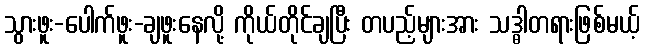
သွားဖူး-ပေါက်ဖူး-ချဖူးနေလို့ ကိုယ်တိုင်ချပြီး တပည့်များအား သဒ္ဓါတရားဖြစ်မယ့်